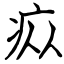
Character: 疭